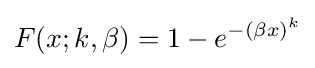
F(x;k,\beta )=1-e^{-(\beta x)^{k}}